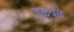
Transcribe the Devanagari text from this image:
हुळवळे